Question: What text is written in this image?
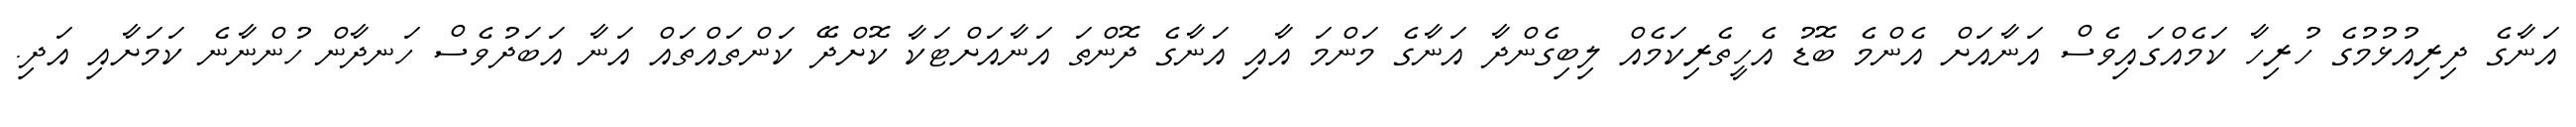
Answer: އަނާގެ ދިރިއުޅުމުގެ ހުރިހާ ކަމެއްގައިވެސް އަނާއަށް އެންމެ ބޮޑު އެހީތެރިކަމެއް ލިބިގެންދާ އަނާގެ މަންމަ އާއި އަނާގެ ދޮންތަ އަނާއަށްޓަކާ ކޮށްދޭ ކަންތައްތައް އަނާ އަބަދުވެސް ހަނދާން ހުންނާނެ ކަމަށާއި އަދި.